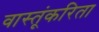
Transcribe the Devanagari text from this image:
वास्तूंकरिता